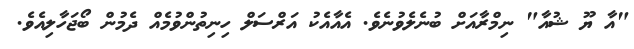
"އާ ޔޫ ޝުއާ" ނިމްރާއަށް ބުނެލެވުނެވެ. އެއާއެކު އަރްސަލް ހިނިތުންވުމެއް ދެމުން ބޯޖަހާލިއެވެ.